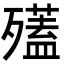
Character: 𣩱